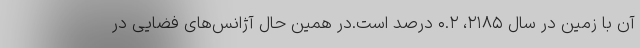
آن با زمین در سال ۲۱۸۵، ۰.۲ درصد است.در همین حال آژانس‌های فضایی در